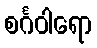
စင်္ဂဝါရော